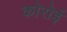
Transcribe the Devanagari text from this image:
कोरोई